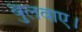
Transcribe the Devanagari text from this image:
बुलवाए।